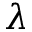
\lambda